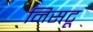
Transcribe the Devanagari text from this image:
निसटू